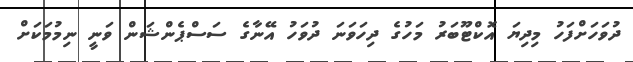
ދުވަހަށްފަހު މިދިޔަ އޮކްޓޫބަރު މަހުގެ ދިހަވަނަ ދުވަހު އޭނާގެ ސަސްޕެންޝަން ވަނީ ނިމުމަކަށް